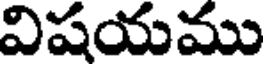
విషయము